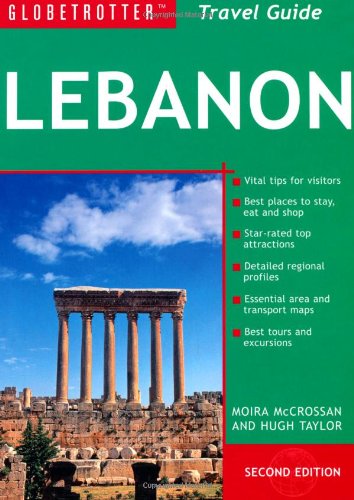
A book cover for Lebanon Travel Pack, 2nd (Globetrotter Travel Packs); Moira McCrossan; Travel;